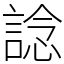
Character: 諗